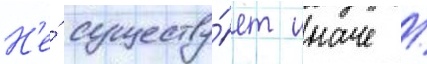
Н'е́ существу́ет иначе /